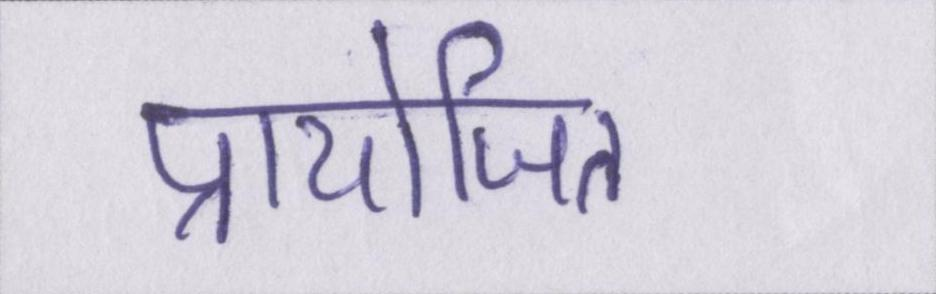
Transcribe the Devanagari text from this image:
प्रायोजित